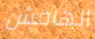
الهامش